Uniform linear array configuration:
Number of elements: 64
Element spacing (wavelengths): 0.25
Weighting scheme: hann
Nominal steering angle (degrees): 45
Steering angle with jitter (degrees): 43.093
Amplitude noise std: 0.05
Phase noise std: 0.05

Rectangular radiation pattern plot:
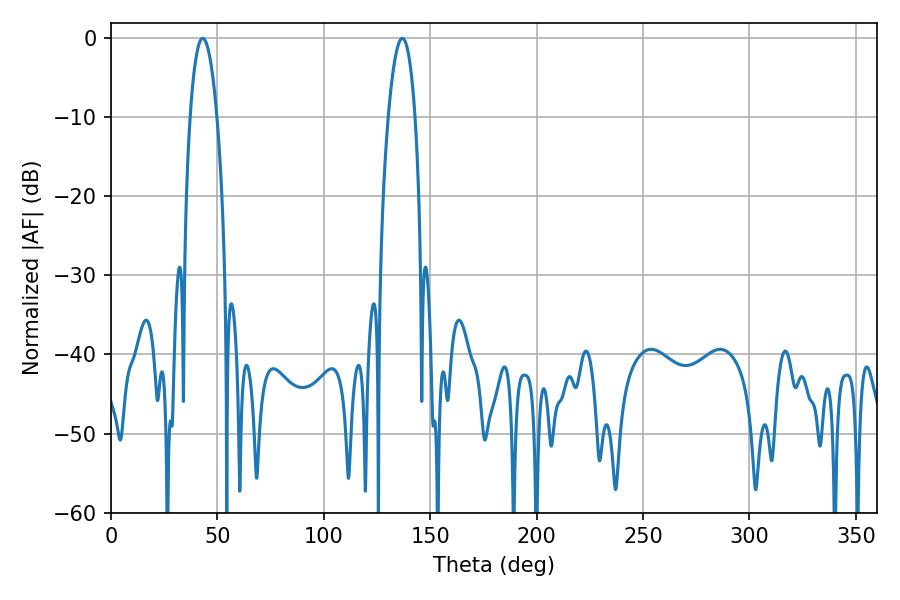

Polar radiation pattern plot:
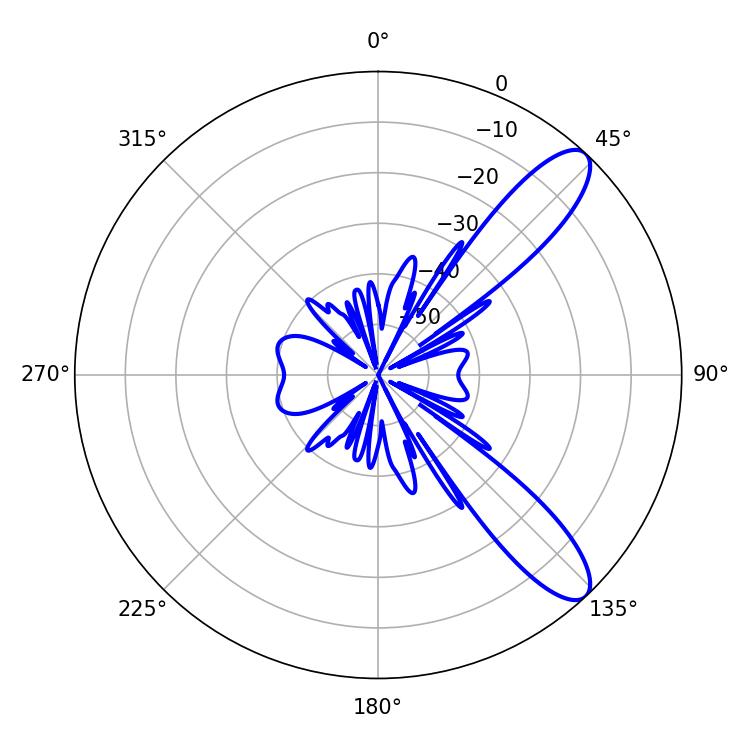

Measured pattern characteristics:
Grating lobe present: FALSE
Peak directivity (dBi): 10.468
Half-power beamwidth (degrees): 7.02
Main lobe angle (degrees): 43.02